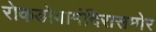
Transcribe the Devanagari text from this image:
रोकडोबामंदिरासमोर